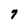
Character: 7